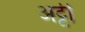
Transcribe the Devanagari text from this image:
अट्टी